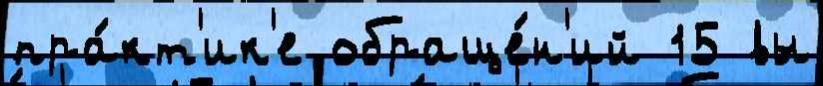
пра́кт'ик'е обраще́н'ий 15 вы